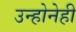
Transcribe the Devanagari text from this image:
उन्होनेही